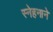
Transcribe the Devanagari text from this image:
स्नेहनाने